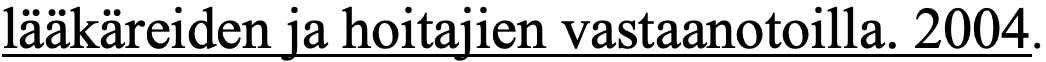
lääkäreiden ja hoitajien vastaanotoilla. 2004.